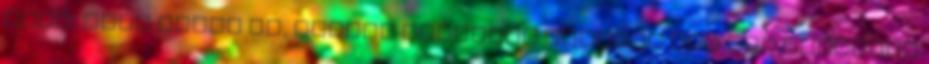
arra, hogy tegye ki, mintha mimagunk tennénk fel oda.Gárdonyi